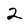
Character: 2